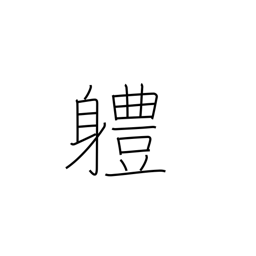
Meaning: unit